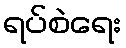
ရပ်စဲရေး